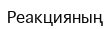
Реакцияның